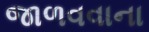
જાળવવાના